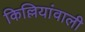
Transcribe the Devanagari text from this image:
किल्लियांवाली